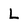
Character: L